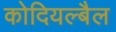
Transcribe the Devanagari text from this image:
कोदियल्बैल